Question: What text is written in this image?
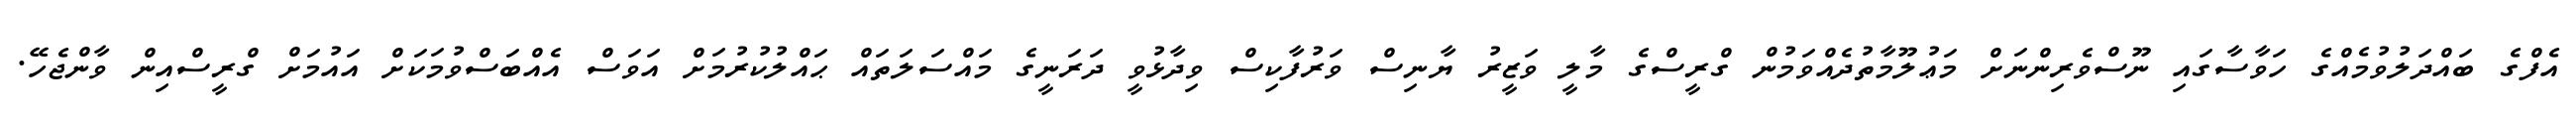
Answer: އެފްގެ ބައްދަލުވުމެއްގެ ހަވާސާގައި ނޫސްވެރިންނަށް މަޢުލޫމާތުދެއްވަމުން ގްރީސްގެ މާލީ ވަޒީރު ޔާނިސް ވަރުފާކިސް ވިދާޅުވީ ދަރަނީގެ މައްސަލަތައް ޙައްލުކުރުމަށް އަވަސް އެއްބަސްވުމަކަށް އައުމަށް ގްރީސްއިން ވާންޖެހޭ.